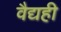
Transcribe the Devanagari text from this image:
वैद्यही